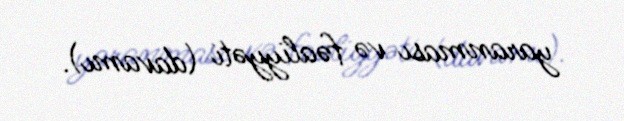
yaranması və fəaliyyəti (davamı).